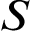
S